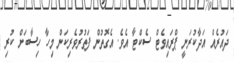
ދައުރެއް އަދާކުރަނީ ޕްރައިވެޓް ސެކްޓާ އެވެ. އެގޮތުން ފަތުރުވެރިކަން މިހާ ހިސާބަށް ކުރި